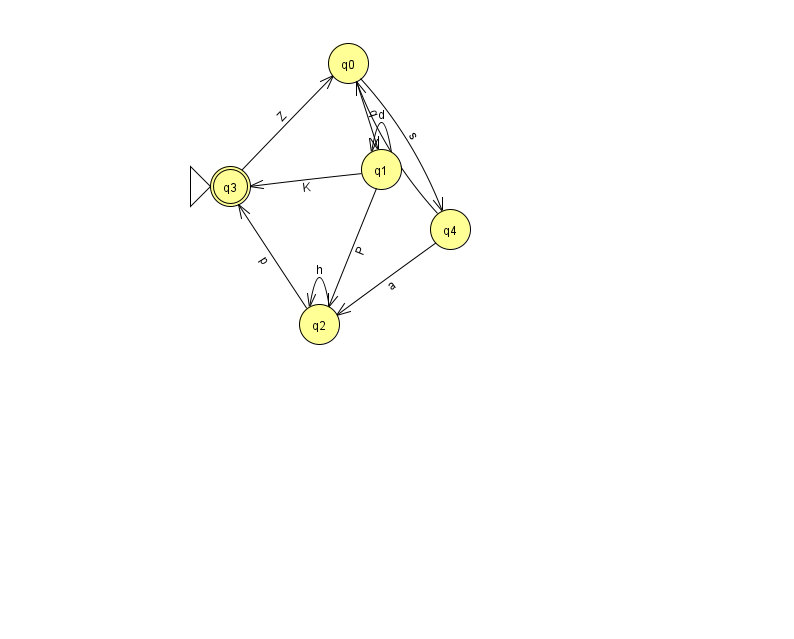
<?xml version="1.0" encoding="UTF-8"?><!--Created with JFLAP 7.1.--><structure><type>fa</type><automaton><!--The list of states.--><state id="0" name="q0"><x>348.0</x><y>50.0</y></state><state id="1" name="q1"><x>381.0</x><y>156.0</y></state><state id="2" name="q2"><x>319.0</x><y>311.0</y></state><state id="3" name="q3"><x>230.0</x><y>173.0</y><initial/><final/></state><state id="4" name="q4"><x>450.0</x><y>216.0</y></state><!--The list of transitions.--><transition><from>0</from><to>1</to><read>q</read></transition><transition><from>1</from><to>1</to><read>d</read></transition><transition><from>4</from><to>2</to><read>a</read></transition><transition><from>2</from><to>2</to><read>h</read></transition><transition><from>2</from><to>3</to><read>p</read></transition><transition><from>3</from><to>0</to><read>Z</read></transition><transition><from>1</from><to>2</to><read>P</read></transition><transition><from>1</from><to>3</to><read>K</read></transition><transition><from>4</from><to>0</to><read>A</read></transition><transition><from>0</from><to>4</to><read>s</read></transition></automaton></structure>